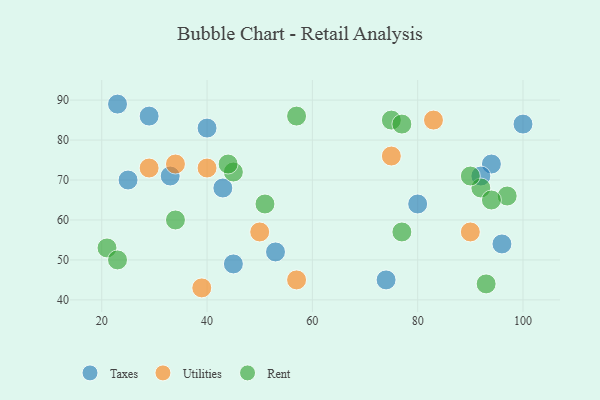
{"axis": {"x": "GDP", "y": "Life Expectancy"}, "legend": ["Rent", "Taxes", "Utilities"], "data": [{"x": "33", "y": 71, "type": "Taxes"}, {"x": "43", "y": 68, "type": "Taxes"}, {"x": "29", "y": 86, "type": "Taxes"}, {"x": "23", "y": 89, "type": "Taxes"}, {"x": "45", "y": 49, "type": "Taxes"}, {"x": "25", "y": 70, "type": "Taxes"}, {"x": "40", "y": 83, "type": "Taxes"}, {"x": "94", "y": 74, "type": "Taxes"}, {"x": "80", "y": 64, "type": "Taxes"}, {"x": "96", "y": 54, "type": "Taxes"}, {"x": "92", "y": 71, "type": "Taxes"}, {"x": "53", "y": 52, "type": "Taxes"}, {"x": "74", "y": 45, "type": "Taxes"}, {"x": "100", "y": 84, "type": "Taxes"}, {"x": "57", "y": 45, "type": "Utilities"}, {"x": "90", "y": 57, "type": "Utilities"}, {"x": "40", "y": 73, "type": "Utilities"}, {"x": "34", "y": 74, "type": "Utilities"}, {"x": "75", "y": 76, "type": "Utilities"}, {"x": "29", "y": 73, "type": "Utilities"}, {"x": "50", "y": 57, "type": "Utilities"}, {"x": "83", "y": 85, "type": "Utilities"}, {"x": "39", "y": 43, "type": "Utilities"}, {"x": "21", "y": 53, "type": "Rent"}, {"x": "45", "y": 72, "type": "Rent"}, {"x": "77", "y": 57, "type": "Rent"}, {"x": "34", "y": 60, "type": "Rent"}, {"x": "51", "y": 64, "type": "Rent"}, {"x": "44", "y": 74, "type": "Rent"}, {"x": "23", "y": 50, "type": "Rent"}, {"x": "57", "y": 86, "type": "Rent"}, {"x": "93", "y": 44, "type": "Rent"}, {"x": "92", "y": 68, "type": "Rent"}, {"x": "97", "y": 66, "type": "Rent"}, {"x": "75", "y": 85, "type": "Rent"}, {"x": "77", "y": 84, "type": "Rent"}, {"x": "90", "y": 71, "type": "Rent"}, {"x": "94", "y": 65, "type": "Rent"}]}